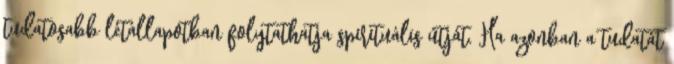
tudatosabb létállapotban folytathatja spirituális útját. Ha azonban a tudatát